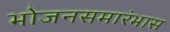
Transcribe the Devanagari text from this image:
भोजनसमारंभास